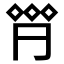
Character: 𠄷